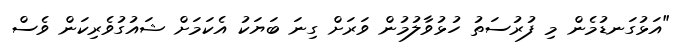
"އަޅުގަނޑުމެން މި ފުރުސަތު ހުޅުވާލުމުން ވަރަށް ގިނަ ބަޔަކު އެކަމަށް ޝައުގުވެރިކަން ވެސް